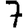
Digit: 7